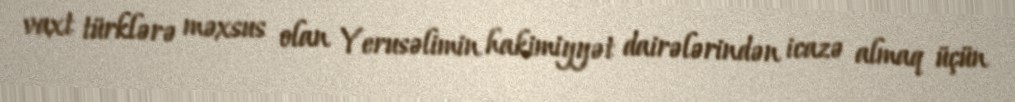
vaxt türklərə məxsus olan Yerusəlimin hakimiyyət dairələrindən icazə almaq üçün